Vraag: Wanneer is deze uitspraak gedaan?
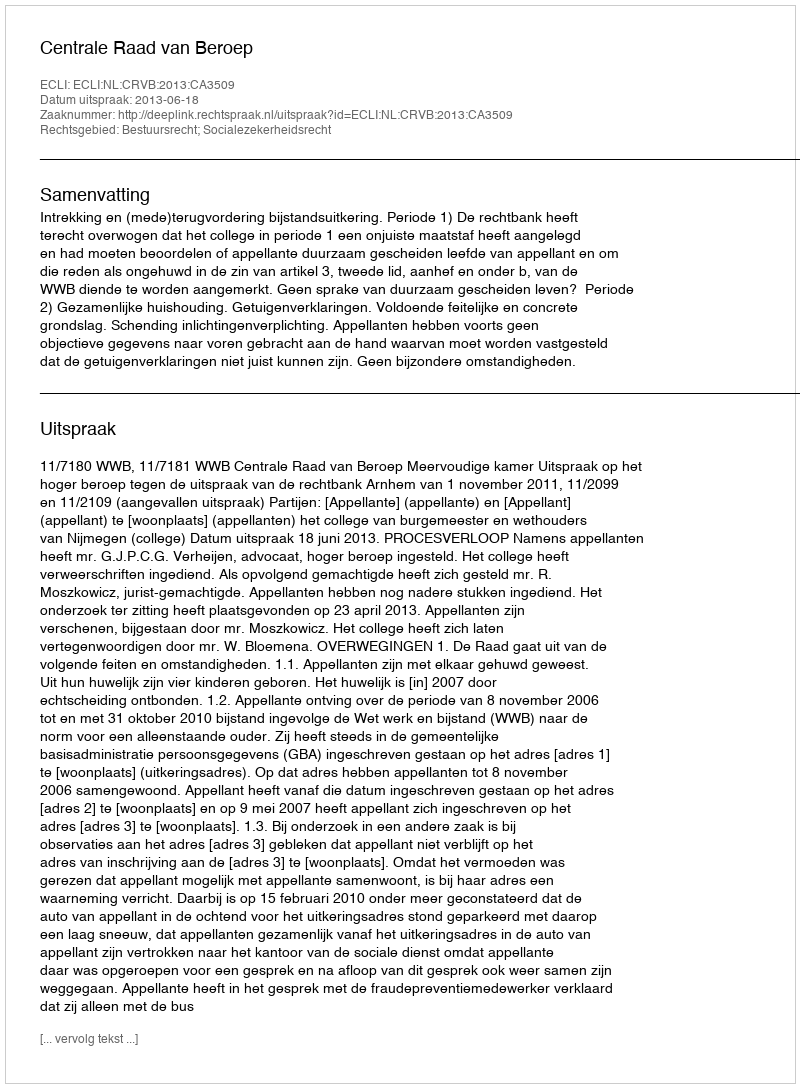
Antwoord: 2013-06-18